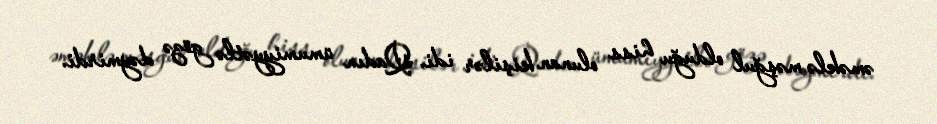
əməklə məşğul olduğu hiss olunan kişilər idi. Qadın ümumiyyətlə gözə dəymirdi.